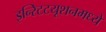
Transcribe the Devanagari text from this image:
इन्स्टिटयूशनमध्ये